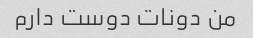
من دونات دوست دارم